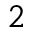
^ 2